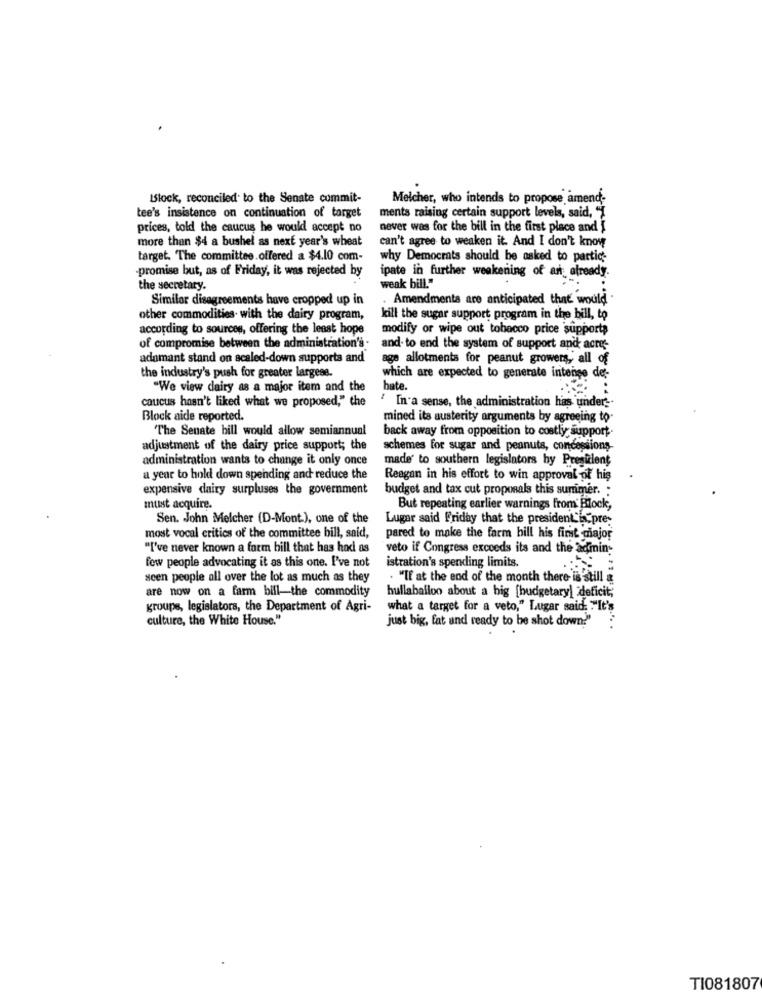
Block, reconciled to the Senate commit-
Melcher, who intends to propose amend-
tee's insistence on continuation of target
ments raising certain support levels, said, "
prices, told the caucus he would accept no
never was for the bill in the first place and
more than $4 a bushel as next year's wheat
can't agree to weaken it. And I don't know
target. The committee.offered a $4.10 com-
why Democrats should be asked to partic ;-
-promise but, as of Friday, it was rejected by
ipate in further weakening of an already.
the secretary.
weak bill."
Similar disagreements have cropped up in
. Amendments are anticipated that would
other commodities. with the dairy program,
kill the sugar support program in the bill, to
according to sources, offering the least hope
modify or wipe out tobacco price support;
of compromise between the administration's-
and- to end the system of support and acres
adamant stand on scaled-down supports and
age allotments for peanut growers, all of
the industry's push for greater largess.
which are expected to generate intense de-
"We view dairy as a major item and the
hate.
caucus hasn't liked what we proposed," the
" In a sense, the administration has under".
Block aide reported.
mined its austerity arguments by agreeing to
"The Senate bill would allow semiannual
back away from opposition to costly support.
adjustment of the dairy price support; the
schemes for sugar and peanuts, concessions
administration wants to change it only once
made to southern legislators hy President
a year to hold down spending and reduce the
Reagan in his effort to win approval of his
expensive dairy surpluses the government
budget and tax cut proposals this summer. :
must acquire.
But repeating earlier warnings from Block,
Sen. John Melcher (D-Mont.), one of the
Lugar said Friday that the president is pre-
most vocal critics of the committee bill, said,
pared to make the farm bill his first major
"I've never known a farm bill that has haci as
veto if Congress exceeds its and the admin-
few people advocating it as this one. I've not
istration's spending limits.
scen people all over the lot as much as they
. "If at the end of the month there is still a
are now on a farm bill-the commodity
hullaballoo about a big [budgetary] deficit;
groups, legislators, the Department of Agri-
what a target for a veto," Lugar said ."It's
culture, the White House."
just big, fat and ready to be shot down?"
TI081807